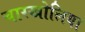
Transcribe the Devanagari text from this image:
चारखोलिया